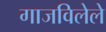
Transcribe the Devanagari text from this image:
गाजविलेले